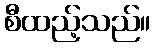
စီထည့်သည်။